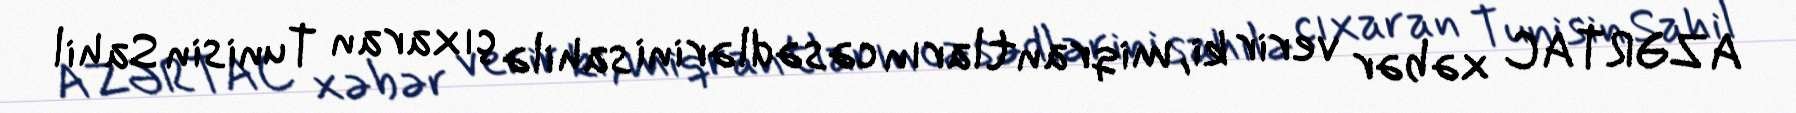
AZƏRTAC xəbər verir ki, miqrantların cəsədlərini sahilə çıxaran Tunisin Sahil